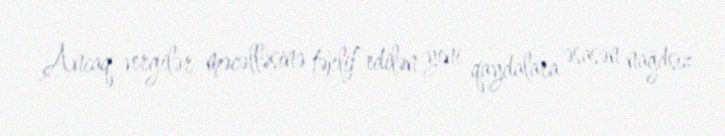
Ancaq vergilər məcəlləsinə təklif edilən yeni qaydalara əsasən nağdsız